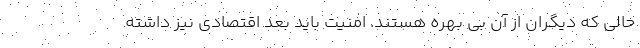
حالی که دیگران از آن بی بهره هستند. امنیت باید بعد اقتصادی نیز داشته